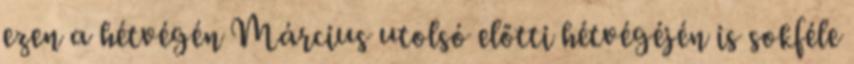
ezen a hétvégén Március utolsó előtti hétvégéjén is sokféle